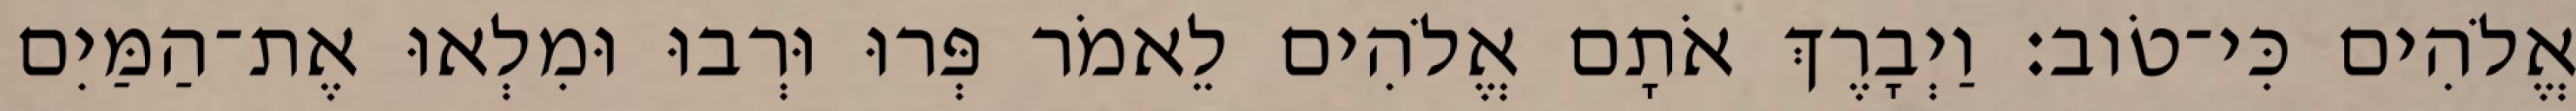
אֱלֹהִים כִּי־טֹוב׃ וַיְבָרֶךְ אֹתָם אֱלֹהִים לֵאמֹר פְּרוּ וּרְבוּ וּמִלְאוּ אֶת־הַמַּיִם